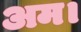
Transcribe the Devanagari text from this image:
अम।